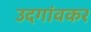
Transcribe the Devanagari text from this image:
उदगांवकर